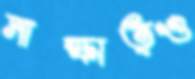
সাক্ষাত্ও